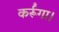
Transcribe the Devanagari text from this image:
कर्रूँगा।